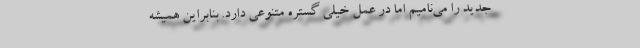
جدید را می‌نامیم اما در عمل خیلی گستره متنوعی دارد. بنابراین همیشه